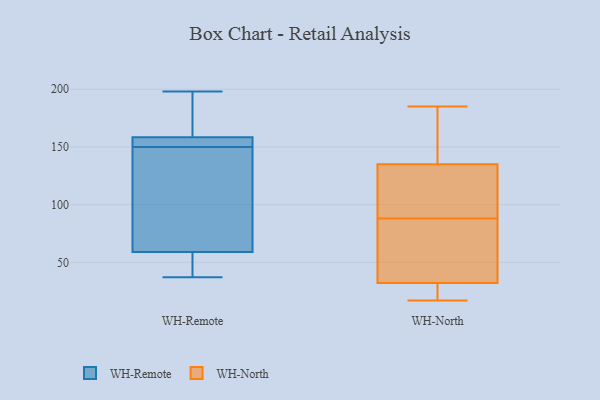
{"axis": {"x": "Bounce Rate (%)", "y": "Value"}, "legend": ["WH-North", "WH-Remote"], "data": [{"x": "", "y": 65, "type": "WH-Remote"}, {"x": "", "y": 57, "type": "WH-Remote"}, {"x": "", "y": 122, "type": "WH-Remote"}, {"x": "", "y": 198, "type": "WH-Remote"}, {"x": "", "y": 37, "type": "WH-Remote"}, {"x": "", "y": 40, "type": "WH-Remote"}, {"x": "", "y": 157, "type": "WH-Remote"}, {"x": "", "y": 150, "type": "WH-Remote"}, {"x": "", "y": 57, "type": "WH-Remote"}, {"x": "", "y": 151, "type": "WH-Remote"}, {"x": "", "y": 185, "type": "WH-Remote"}, {"x": "", "y": 159, "type": "WH-Remote"}, {"x": "", "y": 94, "type": "WH-Remote"}, {"x": "", "y": 194, "type": "WH-Remote"}, {"x": "", "y": 150, "type": "WH-Remote"}, {"x": "", "y": 34, "type": "WH-North"}, {"x": "", "y": 177, "type": "WH-North"}, {"x": "", "y": 17, "type": "WH-North"}, {"x": "", "y": 127, "type": "WH-North"}, {"x": "", "y": 97, "type": "WH-North"}, {"x": "", "y": 43, "type": "WH-North"}, {"x": "", "y": 159, "type": "WH-North"}, {"x": "", "y": 185, "type": "WH-North"}, {"x": "", "y": 88, "type": "WH-North"}, {"x": "", "y": 26, "type": "WH-North"}, {"x": "", "y": 126, "type": "WH-North"}, {"x": "", "y": 26, "type": "WH-North"}, {"x": "", "y": 56, "type": "WH-North"}]}